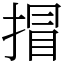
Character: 𢯾